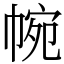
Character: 帵